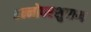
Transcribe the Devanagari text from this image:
तन्नोपरशुराम